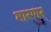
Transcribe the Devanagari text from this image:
मारणर